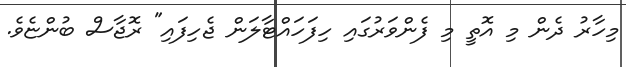
މިހާރު ދެން މި އޮތީ މި ފެންވަރުގައި ހިފަހައްޓާލަން ޖެހިފައި" ރޮޖާސް ބުންޏެވެ.